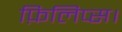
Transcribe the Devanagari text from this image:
फ़िलिप्स।